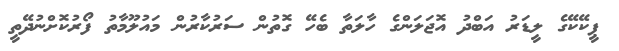
ޕީކޭކޭގެ ލީޑަރު އަބްދު އޮޖަލަންގެ ހާލަތާ ބެހޭ ގޮތުން ސަރުކާރުން މައުލޫމާތު ފޯރުކޮށްނުދޭތީ